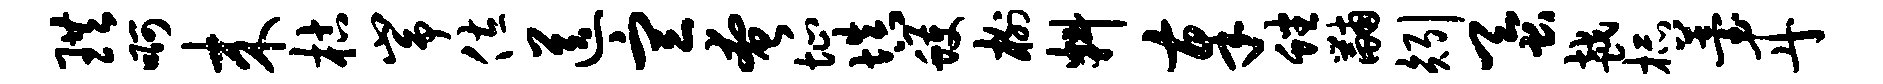
珙啊来枯峥佐送宣奄址填蠖榭料奉蟠黼矧蚕越杯薹丹